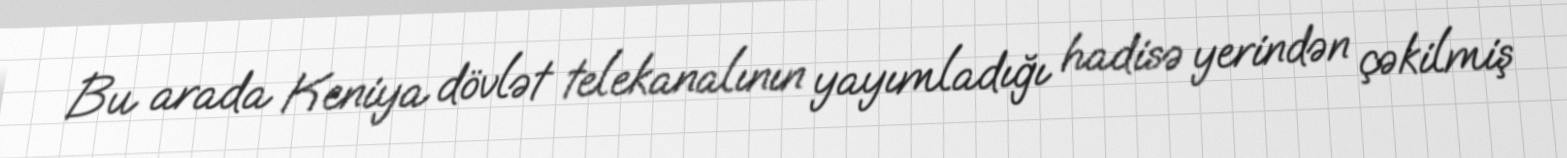
Bu arada Keniya dövlət telekanalının yayımladığı hadisə yerindən çəkilmiş